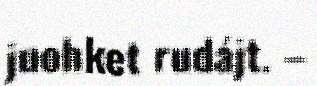
juohket rudájt. –